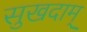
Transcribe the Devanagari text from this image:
सुखदाम्